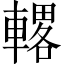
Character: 𫏾